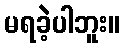
မရခဲ့ပါဘူး။